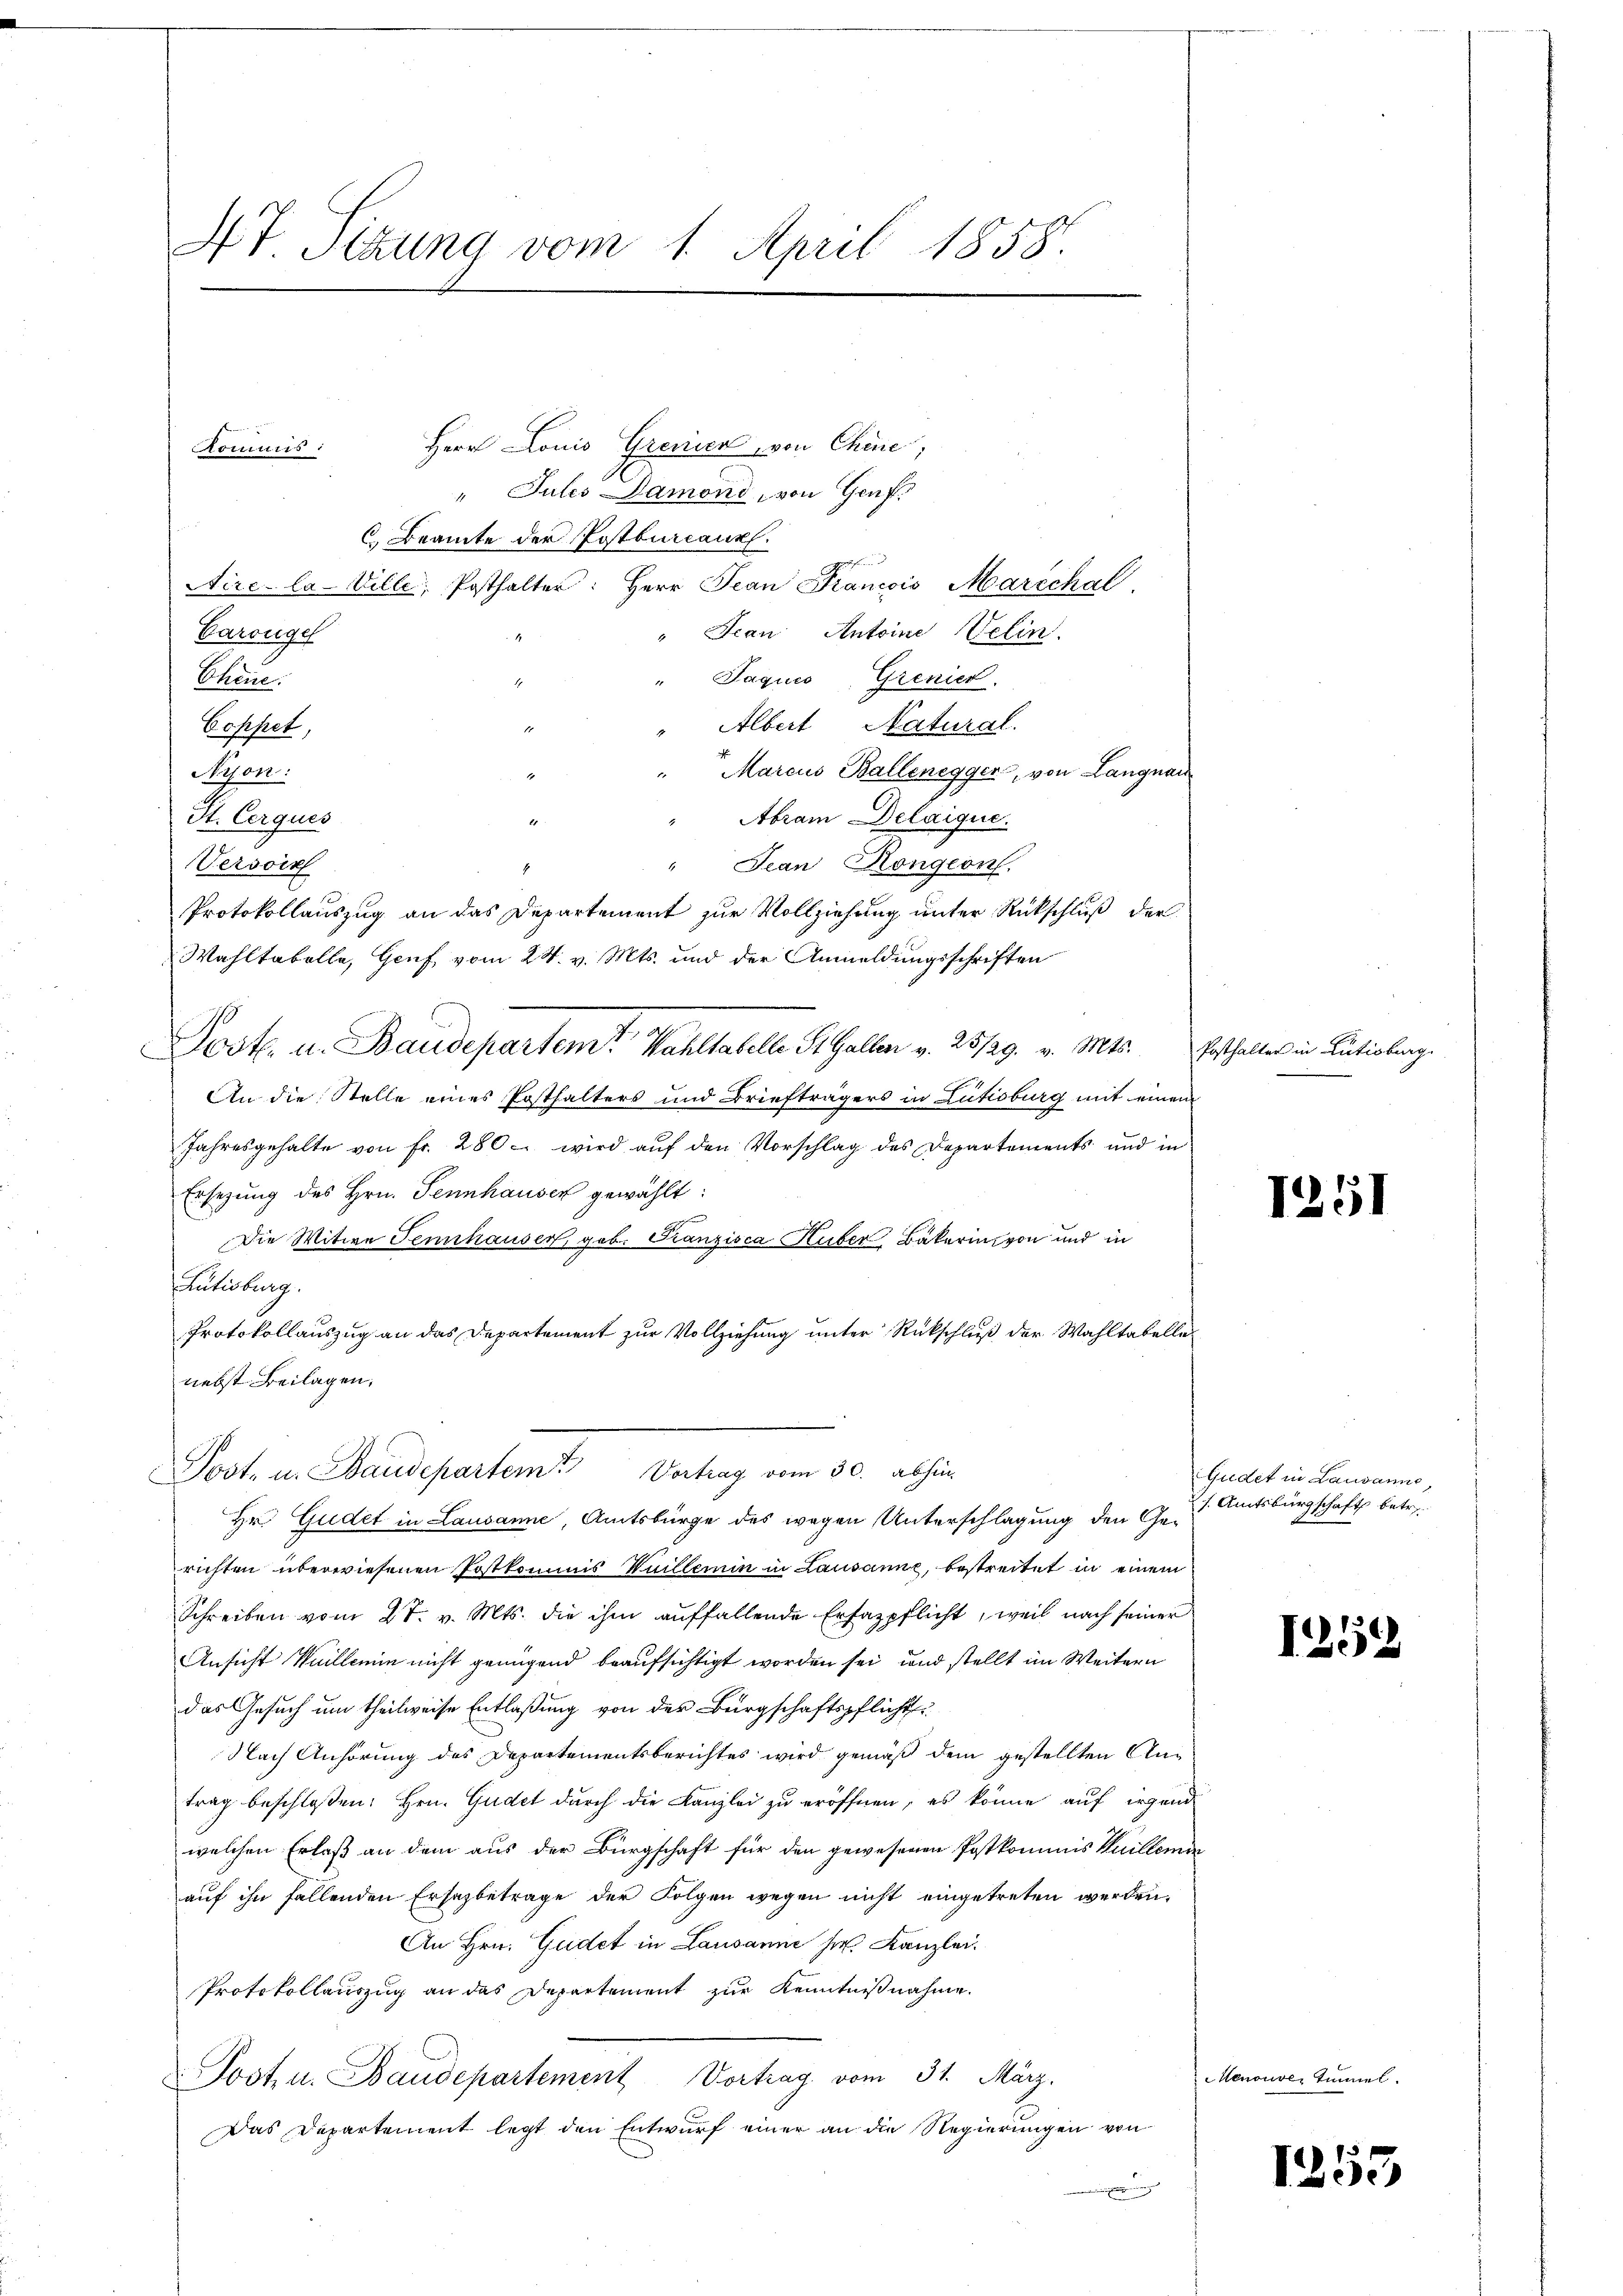
47 Sitzung vom 1. April 1858.

Herr Louis Gremien von Chine,
Kommis :
"Jules Damond, von Genf.
C. Beamte der Postbureaux.
f
Aire-la-Ville, Posthalter: Herr Jean Francois Marschal
Carcügel
" Jean Antoine Velin.
Chen.
 Jaques, Grenier.
Albert Natural.
Coppet,
Marcus Ballenegger, von Langnau
Nion:
St. Cerques
Abram Delaique.
" Jean Kongeon.
Versoin
Protokollauszug an das Departement zur Vollziehung unter Rückschluß der
Wahltabelle, Genf, vom 24. v. Mts. und der Anmeldungsschriften
Dost. u. Baudepartemte Wahltabelle S. Galler v. 28/29. v. Mts. Ersthalter in Lutisburg.
An die Stelle eines Posthalters und Briefträgers in Lutoburg mit einem
Jahresgehalte von fr. 280 - wird auf den Vorschlag des Departements und in
Ersezung des Hrn. Sennhauser gewählt:
Die Witwe Tennhauser, geb. Franzisca Huber, Bäkerin von und in
Rütisburg.
Protokollauszug an das Departement zur Vollziehung unter Rückschluß der Wahltabelle-
nebst Beilagen.

Posten Staudepartenten 30.

Hr. Gudet in Lausanne, Amtsbürge des wegen Unterschlagung den Gerichten überwiesenen Postkommis Wuillemin in Lausanne, bestreitet in einem
Schreiben vom 27. v. Mts. die ihm aŭffallende Erfazpflicht, weil nach seiner
Ansicht Waillemin nicht genügend beaufsichtigt worden sei, und stellt im Weitern
das Gesuch um theilweise Entlaßung von des Bürgschaftspflicht
Nach Anhörung des Departementsberichtes wird gemäß dem gestellten Antrag beschloßen: Hrn. Gudet durch die Kanzlei zu eröffnen, es könne auf irgend
welchen Erlaß an dem aus der Bürgschaft für den gewesenen Postkommis Kuillemin
auf ihn fallenden Ersezbetrage der Folgen wegen nicht eingetreten werden.
An Hrn. Gudet in Lausanne her. Kanzlei.
Protokollauszug an das Departement zur Kenntnißnahme.
Post u. Baudepartement Vortrag vom 31. März.
Das Departement legt den Entwurf einer an die Regierungen von

1251

Gudet in Lausanne,
s. Amtsbürgschaft betr.

1252

Menouver Zimmel.

1253